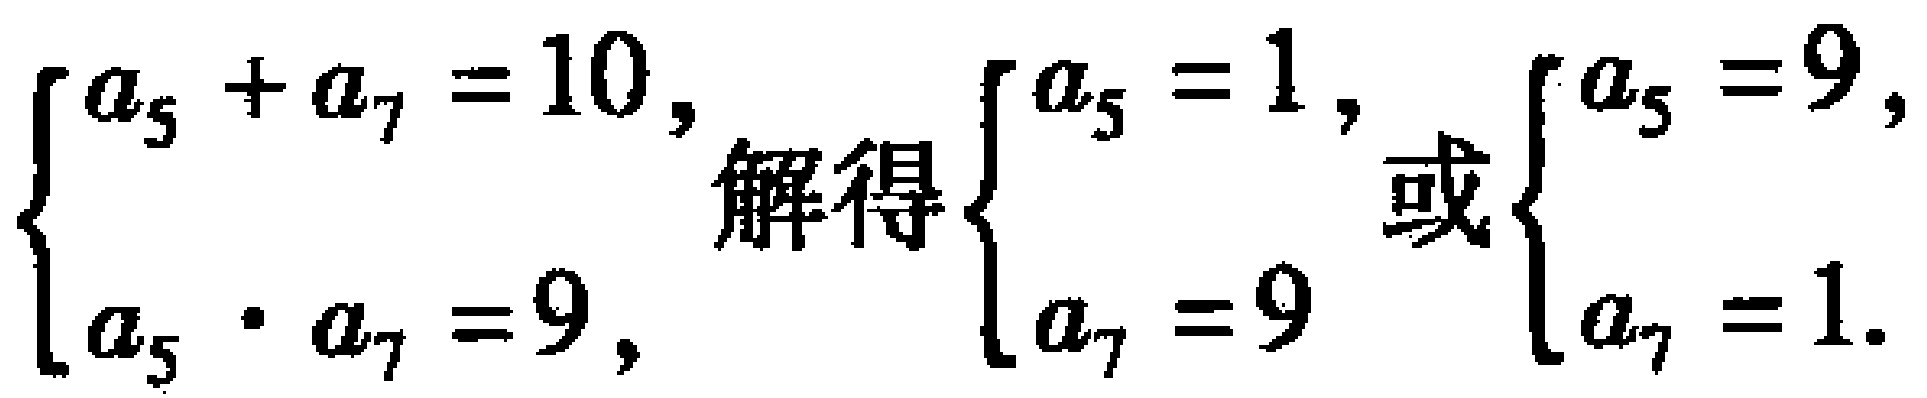
$\begin{cases}a_{5}+a_{7}=10,\\a_{5}\cdot a_{7}=9,\end{cases}$解得$\begin{cases}a_{5}=1,\\a_{7}=9\end{cases}$或$\begin{cases}a_{5}=9,\\a_{7}=1.\end{cases}$